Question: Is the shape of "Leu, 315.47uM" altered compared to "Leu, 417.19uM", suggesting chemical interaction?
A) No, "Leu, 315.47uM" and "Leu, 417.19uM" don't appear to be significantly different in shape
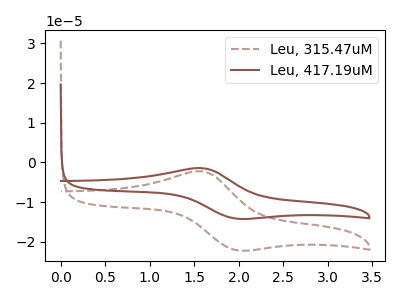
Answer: <think>The brown dashed curve "Leu, 315.47uM" has an anodic peak at (1.60V, -2.20uA) and a cathodic peak at (2.00V, -22.10uA). The brown curve "Leu, 417.19uM" has an anodic peak at (1.60V, -1.40uA) and a cathodic peak at (2.00V, -14.15uA).
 All the peaks in "Leu, 315.47uM" have a peak in "Leu, 417.19uM" at the same potential.</think>
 <answer>A) No, "Leu, 315.47uM" and "Leu, 417.19uM" don't appear to be significantly different in shape</answer>
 <eval>A</eval>